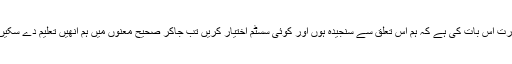
ضرورت اس بات کی ہے کہ ہم اس تعلق سے سنجیدہ ہوں اور کوئی سسٹم اختیار کریں تب جاکر صحیح معنوں میں ہم انھیں تعلیم دے سکیں گے۔